Notes on vaccination in the North-West Frontier Province 1923-1928 - 1923-1928
Year: 1923
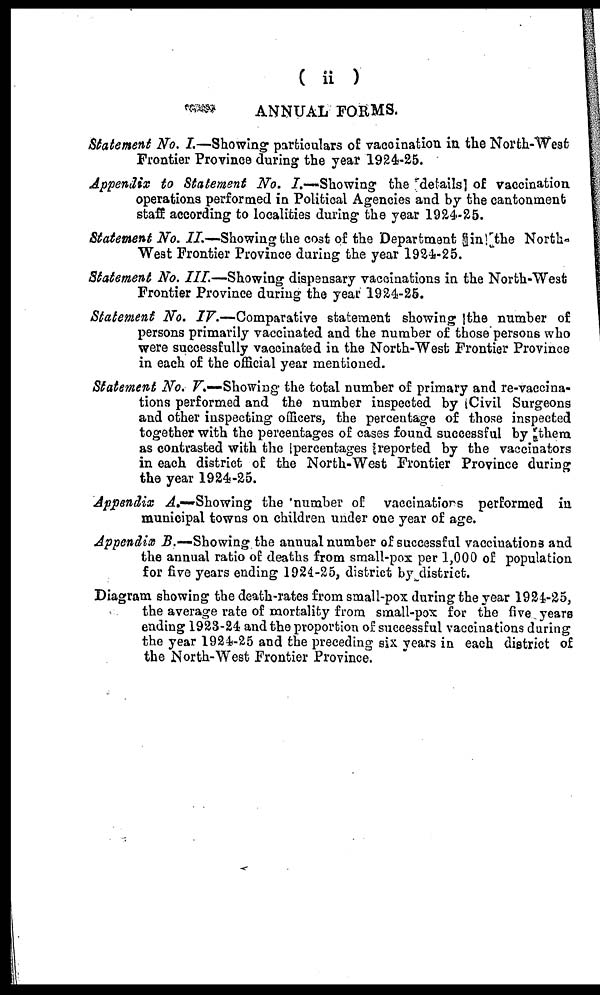
( ii )
ANNUAL FORMS.
Statement No. I.—Showing particulars of vaccination in the North-West
Frontier Province during the year 1924-25.
Appendix to Statement No. 7.—Showing the details] of vaccination
operations performed in Political Agencies and by the cantonment
staff according to localities during the year 1924-25.
Statement No. II.—Showing the cost of the Department in the North-
West Frontier Province during the year 1924-25.
Statement No. III.—Showing dispensary vaccinations in the North-West
Frontier Province during the year 1924-25.
Statement No. IV.—Comparative
statement showing ]the number of
persons primarily vaccinated and the number of those persons who
were successfully vaccinated in the North-West Frontier Province
in each of the official year mentioned.
Statement No. V.—Showing the total number of primary and re-vaccina-
tions performed and the number inspected by (Civil Surgeons
and other inspecting officers, the percentage of those inspected
together with the percentages of cases found successful by them
as contrasted with the [percentages reported by the vaccinators
in each district of the North-West Frontier Province during
the year 1924-25.
Appendix A.—Showing the number of vaccinations performed in
municipal towns on children under one year of age.
Appendix B.— Showing the annual number of successful vaccinations and
the annual ratio of deaths from small-pox per 1,000 of population
for five years ending 1924-25, district by district.
Diagram showing the death-rates from small-pox during the year 1924-25,
the average rate of mortality from small-pox for the five years
ending 1928-24 and the proportion of successful vaccinations during
the year 1924-25 and the preceding six years in each district of
the North-West Frontier Province.